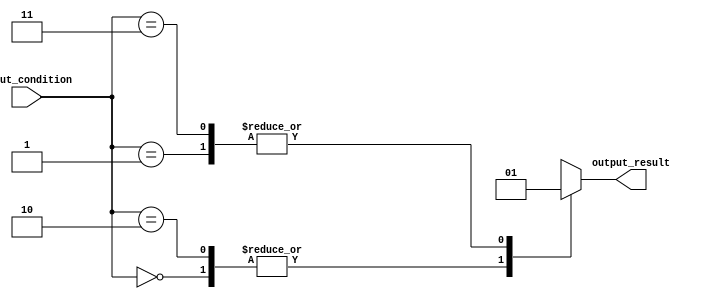
module unique_case_statement (
    input [1:0] input_condition,
    output reg output_result
);

always @(*)
begin
    case (input_condition)
        2'b00: output_result = 1'b0; //If input_condition is 00, output_result is set to 0
        2'b01: output_result = 1'b1; //If input_condition is 01, output_result is set to 1
        2'b10: output_result = 1'b0; //If input_condition is 10, output_result is set to 0
        2'b11: output_result = 1'b1; //If input_condition is 11, output_result is set to 1
        default: output_result = 1'b0; //Default case if none of the conditions are met
    endcase
end

endmodule